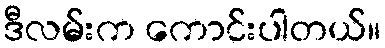
ဒီလမ်းက ကောင်းပါတယ်။